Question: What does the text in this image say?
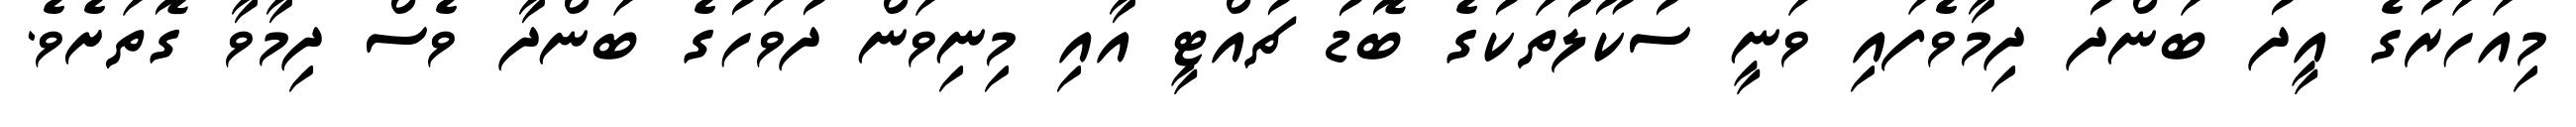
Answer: މިއަހަރުގެ އީދު ބަންދު ދިމާވެފައި ވަނީ ސުކޫލުތަކުގެ ބޮޑު ޗުއްޓީ އާއި މިނިވަން ދުވަހުގެ ބަންދާ ވެސް ދިމާވާ ގޮތަށެވެ.